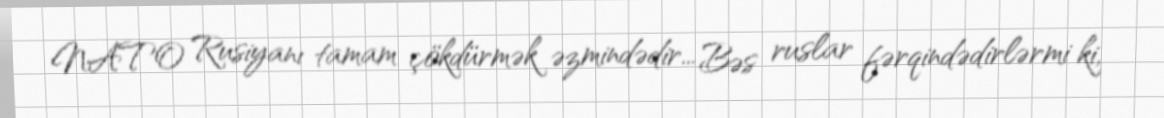
NATO Rusiyanı tamam çökdürmək əzmindədir... Bəs ruslar fərqindədirlərmi ki,